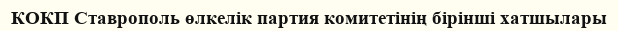
КОКП Ставрополь өлкелік партия комитетінің бірінші хатшылары